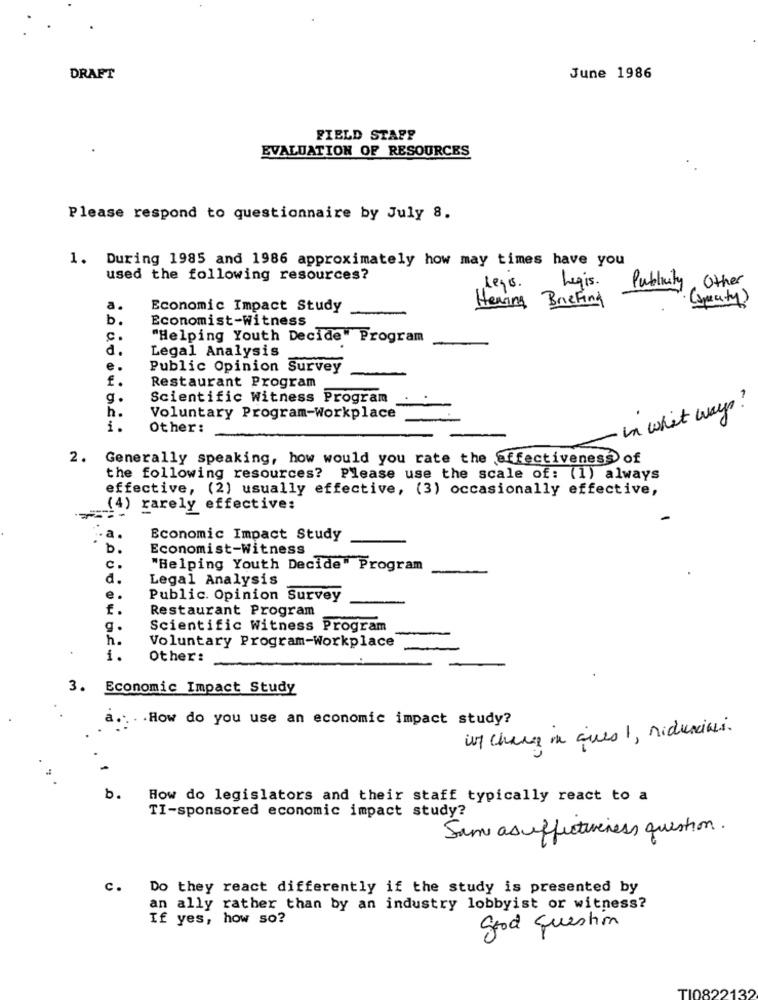
DRAFT
June 1986
FIELD STAPP
EVALUATION OF RESOURCES
Please respond to questionnaire by July 8.
1. During 1985 and 1986 approximately how may times have you
used the following resources?
lego. Legis.
Other
Publicity
Hearing Briefing
( Specify)
Economic Impact Study
b.
Economist-Witness
"Helping Youth Decide" Program
d.
Legal Analysis
e.
Public Opinion Survey
f.
Restaurant Program
g.
Scientific Witness Program
h.
In whit ways?
Voluntary Program-Workplace
1.
Other :
2. Generally speaking, how would you rate the effectiveness of
the following resources? Please use the scale of: (1) always
effective, (2) usually effective, (3) occasionally effective,
(4) rarely effective:
. a
Economic Impact Study
b.
Economist-Witness
c.
"Helping Youth Decide" Program
d.
Legal Analysis
e.
Public. Opinion Survey
Restaurant Program
g.
Scientific Witness Program
h.
Voluntary Program-Workplace
1.
Other:
3. Economic Impact Study
. How do you use an economic impact study?
if change in aires I , riduncias .
b.
How do legislators and their staff typically react to a
TI-sponsored economic impact study?
Same as effectiveness question.
c.
Do they react differently if the study is presented by
an ally rather than by an industry lobbyist or witness?
If yes, how so?
good question
TI0822132